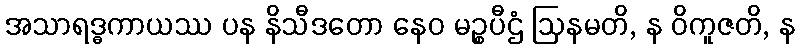
အသာရဒ္ဓကာယဿ ပန နိသီဒတော နေဝ မဉ္စပီဌံ ဩနမတိ, န ဝိကူဇတိ, န